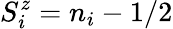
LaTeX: S_{i}^{z}=n_{i}-1/2